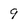
Character: 9